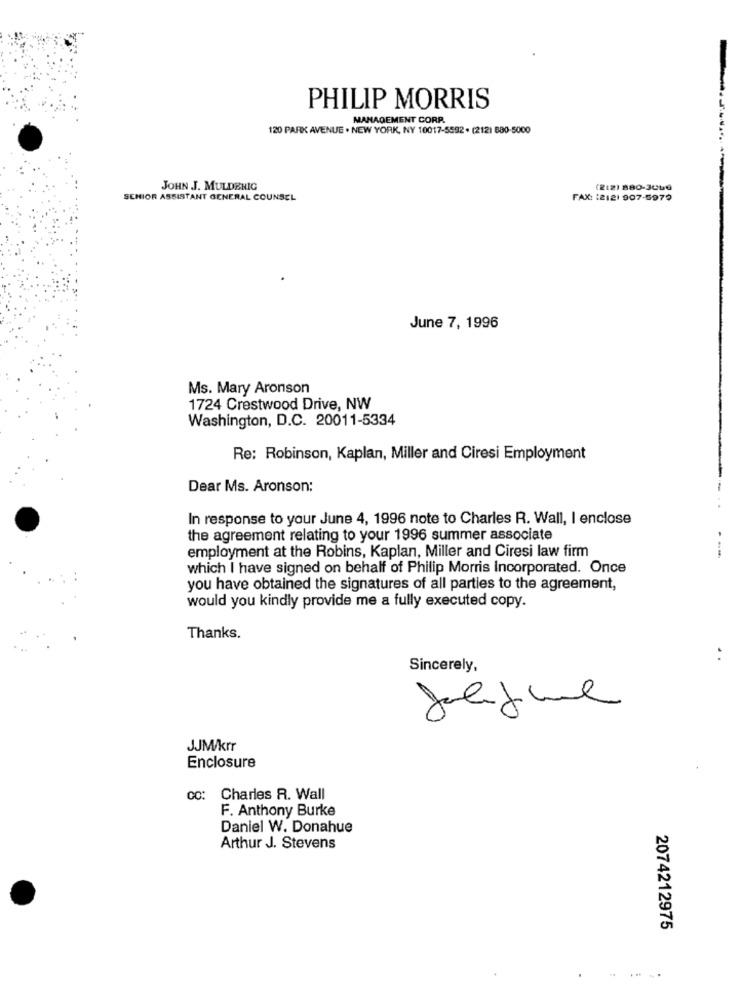
PHILIP MORRIS
MANAGEMENT CORP.
120 PARK AVENUE . NEW YORK, NY 10017-5592 . (212) 880-5000
JOHN J. MULDENIG
(2:2) 880-3060
SENIOR ASSISTANT GENERAL COUNSEL
FAX: 12121 907-5979
June 7, 1996
Ms. Mary Aronson
1724 Crestwood Drive, NW
Washington, D.C. 20011-5334
Re: Robinson, Kaplan, Miller and Ciresi Employment
Dear Ms. Aronson:
In response to your June 4, 1996 note to Charles R. Wall, I enclose
the agreement relating to your 1996 summer associate
employment at the Robins, Kaplan, Miller and Ciresi law firm
which I have signed on behalf of Philip Morris Incorporated. Once
you have obtained the signatures of all parties to the agreement,
would you kindly provide me a fully executed copy.
Thanks.
Sincerely,
JJM/krr
Enclosure
Charles R. Wall
F. Anthony Burke
Daniel W. Donahue
Arthur J. Stevens
2074212975